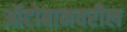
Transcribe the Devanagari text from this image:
ऑटोबानवरील